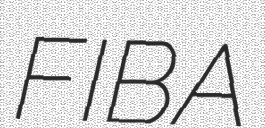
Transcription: FIBA